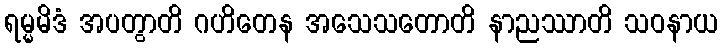
ရမ္မမိဒံ အပတွာတိ ဂဟိတေန အသေသတောတိ နာညဿာတိ သဝနာယ